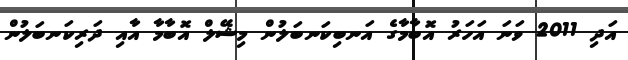
އަދި 2011 ވަނަ އަހަރު އޮބާމާގެ އަނބިކަނބަލުން މިޝޭލް އޮބާމާ އާއި ދަރިކަނބަލުން